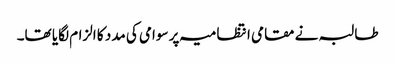
طالبہ نے مقامی انتظامیہ پر سوامی کی مدد کا الزام لگایا تھا۔